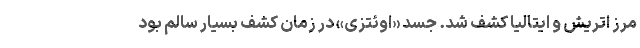
مرز اتریش و ایتالیا کشف شد. جسد «اوئتزی» در زمان کشف بسیار سالم بود